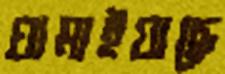
ঘামাইয়াছে